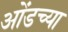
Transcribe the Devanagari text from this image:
ओंडच्या